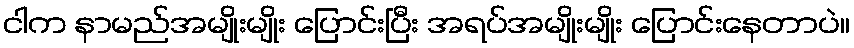
ငါက နာမည်အမျိုးမျိုး ပြောင်းပြီး အရပ်အမျိုးမျိုး ပြောင်းနေတာပဲ။